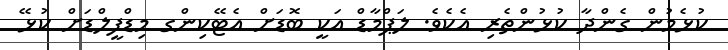
ކުޅެމުން ގެންދާ ކުޅުންތެރި އެކެވެ. ލަޕްމާޑް އަކީ ބޮޑަށް އެޓޭކިންގ މިޑްފީލްޑަށް ކުޅޭ